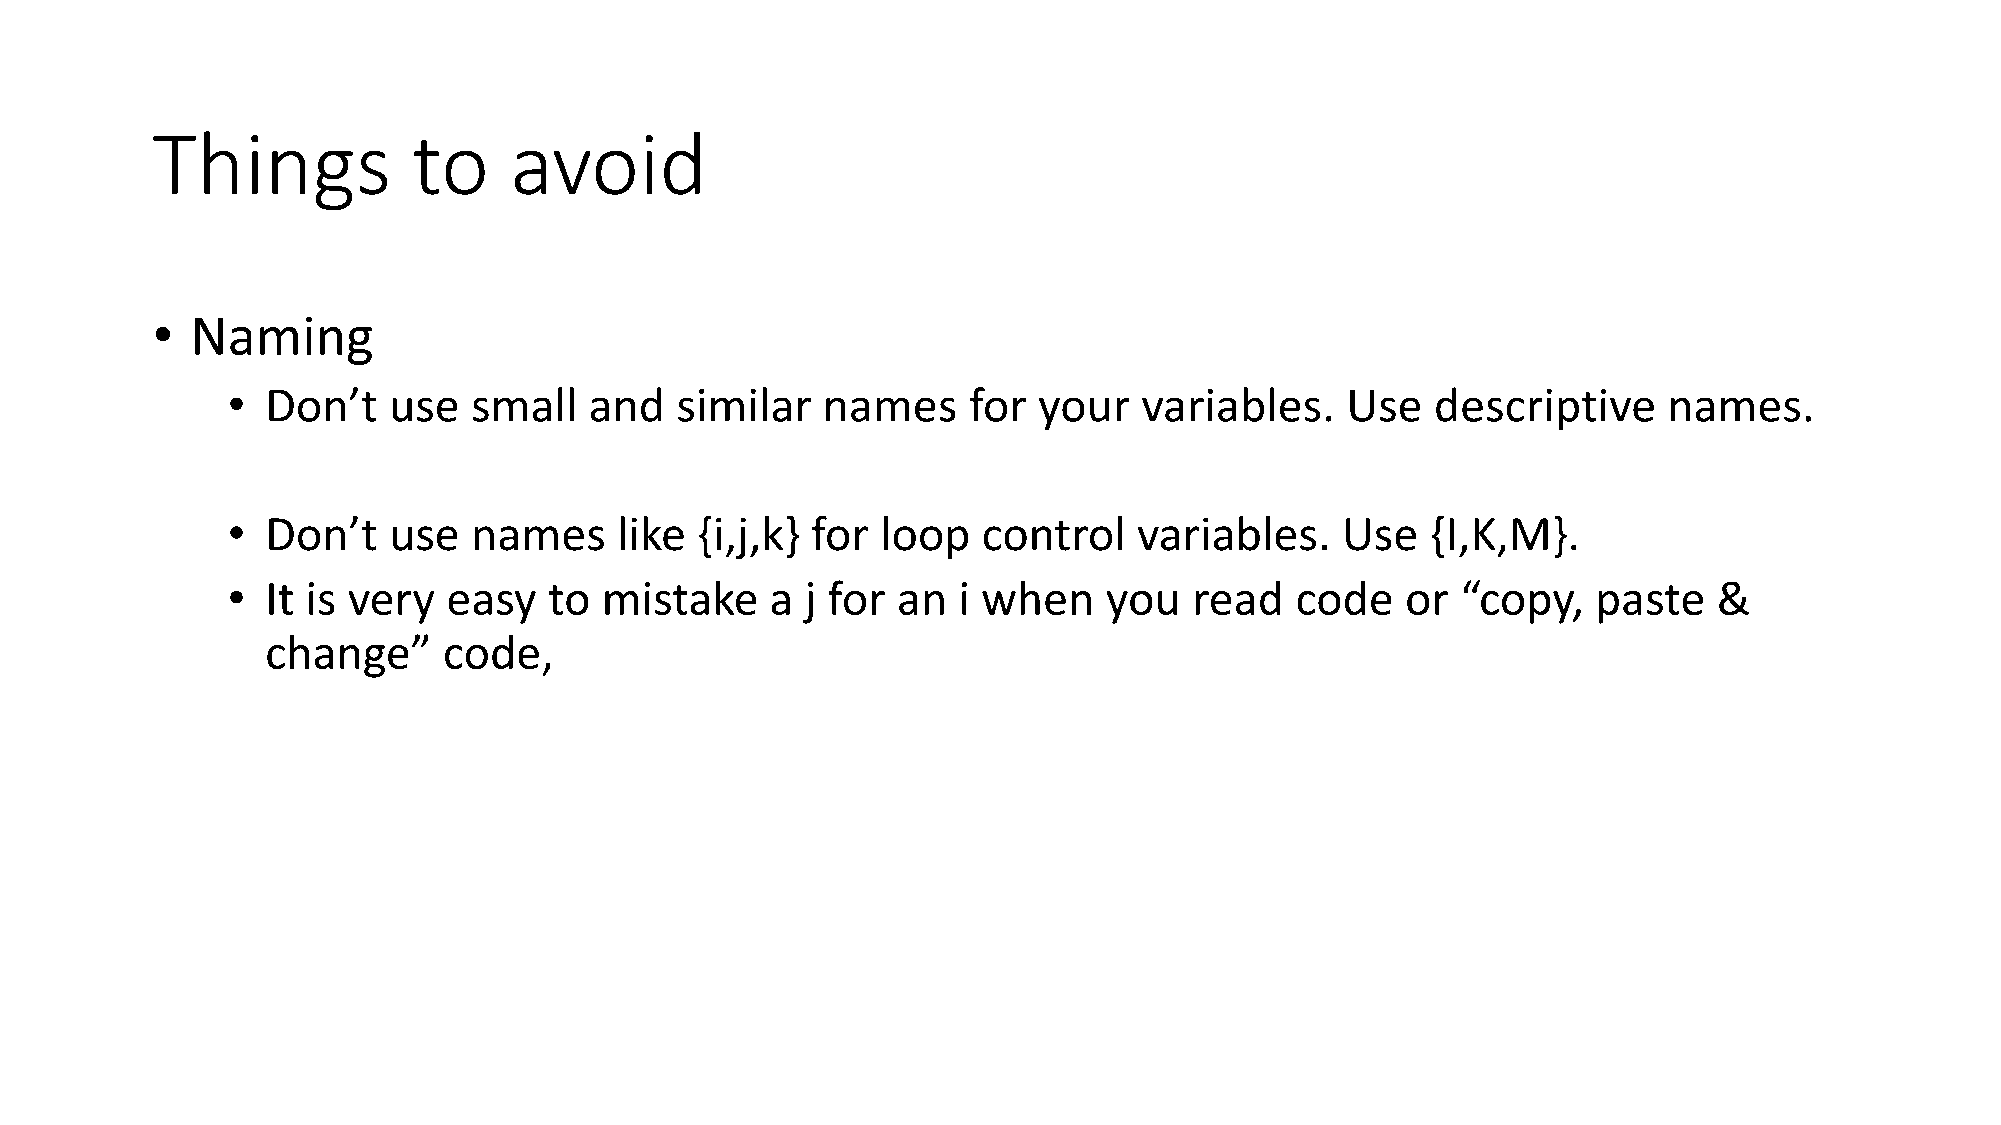
Things           to     avoid
 •  Naming
 •  Don’t   use  small   and   similar  names     for  your   variables.   Use   descriptive    names.
 •  Don’t   use  names     like {i,j,k} for loop   control   variables.    Use   {I,K,M}.
 •  It is very  easy  to  mistake    a j for an  i when    you   read   code   or  “copy,   paste   &
 change”    code,